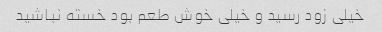
خیلی زود رسید و خیلی خوش طعم بود خسته نباشید